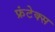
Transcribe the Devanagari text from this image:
फ्रंटेक्स